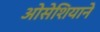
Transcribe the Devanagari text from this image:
ओसेशियाने